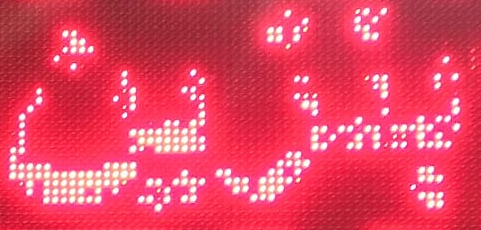
بنزين